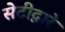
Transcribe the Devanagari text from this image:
सेटीद्वारे